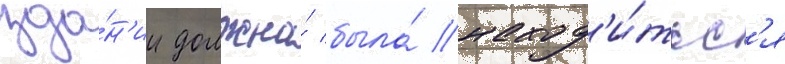
зда́н'ии должна́ была́ наход'и́тьс'я